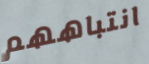
انتباههم